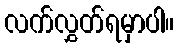
လက်လွှတ်ရမှာပါ။